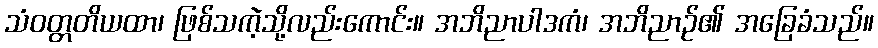
သံဝတ္တတိယထာ၊ ဖြစ်သကဲ့သို့လည်းကောင်း။ အဘိညာပါဒကံ၊ အဘိညာဉ်၏ အခြေခံသည်။